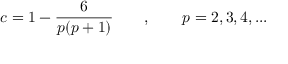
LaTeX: c = 1 - \frac { 6 } { p ( p + 1 ) } \qquad , \qquad p = 2 , 3 , 4 , . . .